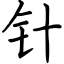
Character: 针